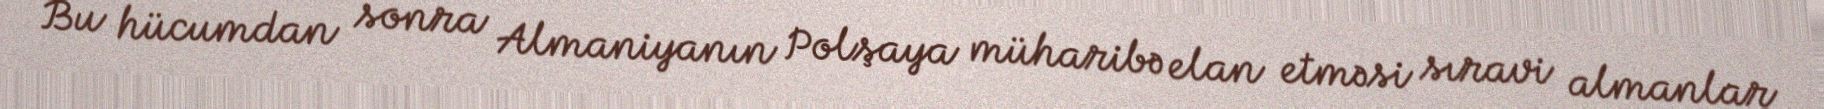
Bu hücumdan sonra Almaniyanın Polşaya müharibə elan etməsi sıravi almanlar